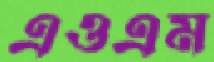
এওএম